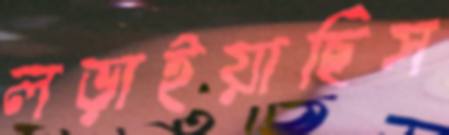
লড়াইয়াছিস